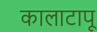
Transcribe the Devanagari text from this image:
कालाटापू